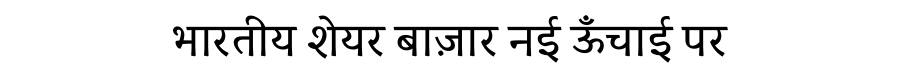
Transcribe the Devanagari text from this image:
भारतीय शेयर बाज़ार नई ऊँचाई पर